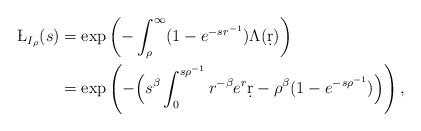
LaTeX: \begin{align*}\phantom{=}\;\;\L_{I_\rho}(s)&=\exp\left(-\int_\rho^\infty (1-e^{-sr^{-1}}) \Lambda(\d r) \right)\\&=\exp\left(-\Big(s^\beta \int_0^{s \rho^{-1}} r^{-\beta} e^{r} \d r - \rho^\beta (1-e^{-s \rho^{-1}})\Big)\right),\end{align*}